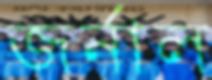
জর্নাল